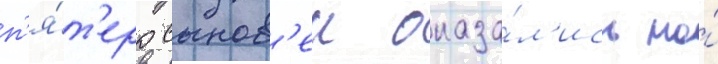
п'я́т'еро сынов'еи оказа́л'ись на́